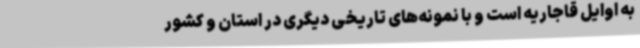
به اوایل قاجاریه است و با نمونه‌های تاریخی دیگری در استان و کشور